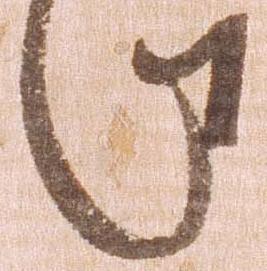
此